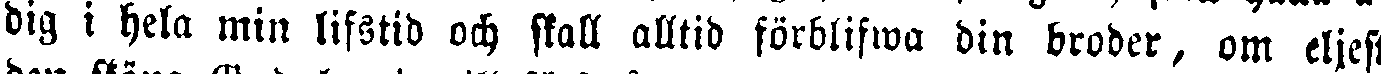
dig i hela min lifstid och skall alltid förblifwa din broder, om eljest